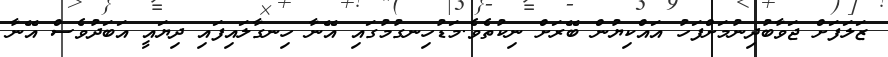
ޒަލަފަށް ޖަވާބުދިނުމަށްފަހު އައްކިޔުން ބޭރަށް ނިކުތެވެ.މަޑުހިނގުމުގައި އޭނާ ހިނގާލައިފައި ދިޔައީ އަބަދުވެސް އޭނާ